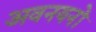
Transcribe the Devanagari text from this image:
अवनयनों